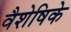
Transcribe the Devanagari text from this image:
वैशेषिके